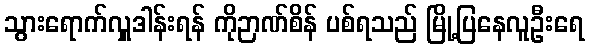
သွားရောက်လှူဒါန်းရန် ကိုဉာဏ်စိန် ပစ်ရသည် မြို့ပြနေလူဦးရေ